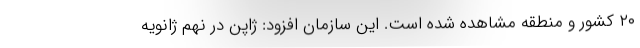
۲۰ کشور و منطقه مشاهده شده است. این سازمان افزود: ژاپن در نهم ژانویه